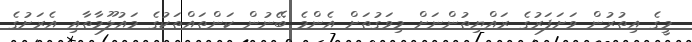
މީގެ އިތުރުން ވަށަފަރުގެ ރައްޔިތުންނަށް މިވަގުތަށް އެންމެ ބޭނުން ކަންތައްތަކުގެ މައުލޫމާތާއި އެރަށުގެ